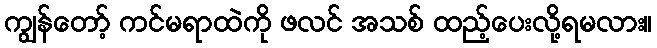
ကျွန်တော့် ကင်မရာထဲကို ဖလင် အသစ် ထည့်ပေးလို့ရမလား။